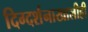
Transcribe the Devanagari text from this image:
दिग्दर्शनाखालीही